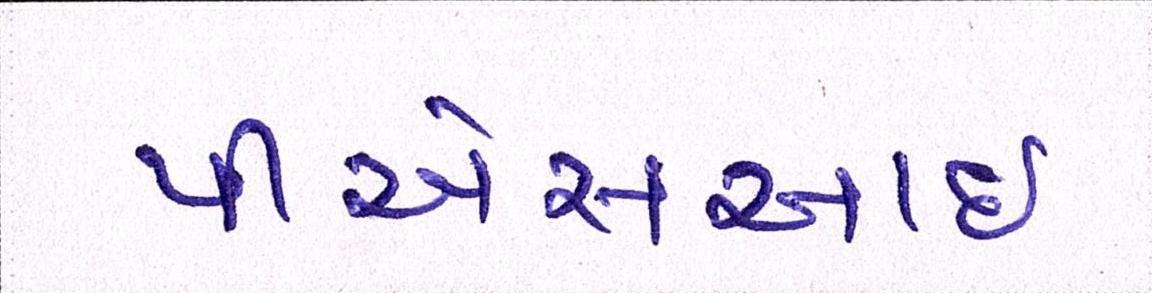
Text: પીએસઆઈ